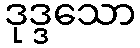
ဒုဒ္ဒသော